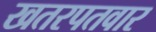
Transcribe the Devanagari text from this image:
खतरपतवार